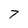
Character: 7